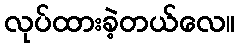
လုပ်ထားခဲ့တယ်လေ။